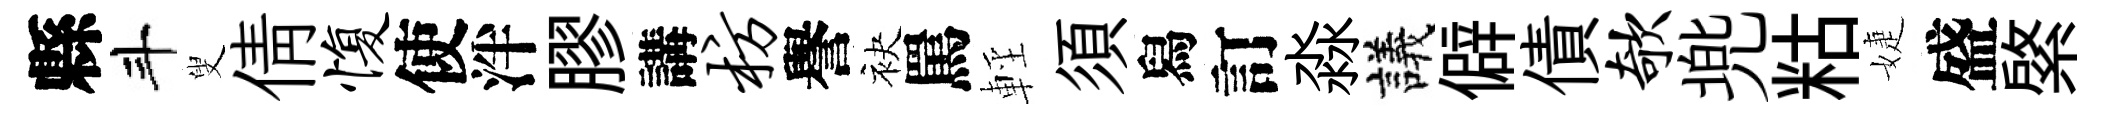
縣斗叟倩愎使泮膠講枋譽袂罵輕須舄訂淼議僻債欹兠䊀婕盛綮